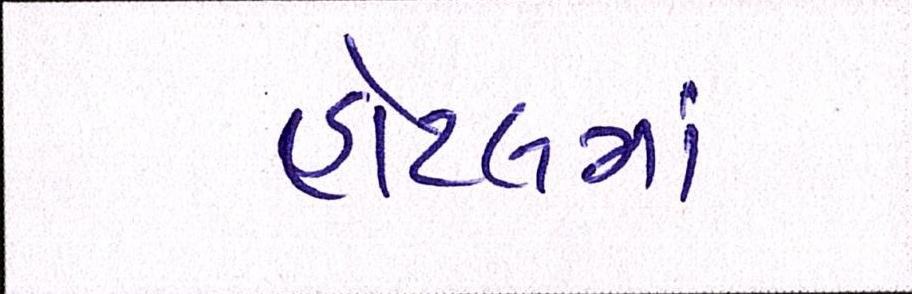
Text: હોટલમાં